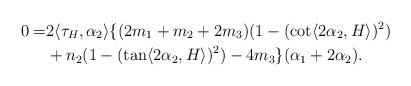
LaTeX: \begin{align*}0=&2\langle \tau_{H}, \alpha_{2} \rangle \{ (2m_{1}+m_{2}+2m_{3})(1-(\cot \langle 2\alpha_{2}, H\rangle )^{2}) \\& +n_{2}(1-(\tan \langle 2\alpha_{2}, H\rangle )^{2}) -4m_{3} \}(\alpha_{1}+ 2\alpha_{2}).\end{align*}